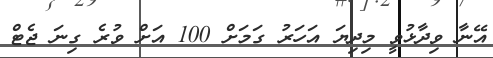
އޭނާ ވިދާޅުވީ މިދިޔަ އަހަރު ގަމަށް 100 އަށް ވުރެ ގިނަ ޖެޓް